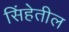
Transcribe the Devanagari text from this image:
सिंहेतील